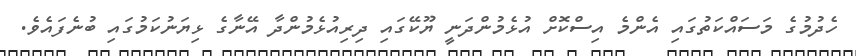
ހެދުމުގެ މަސައްކަތުގައި އެންމެ އިސްކޮށް އުޅެމުންދަނީ ޔޫކޭގައި ދިރިއުޅެމުންދާ އޭނާގެ ޅިޔަނުކަމުގައި ބުނެފައެވެ.